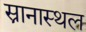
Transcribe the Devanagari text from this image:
स्नानास्थल